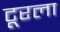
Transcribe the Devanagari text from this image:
टूरला